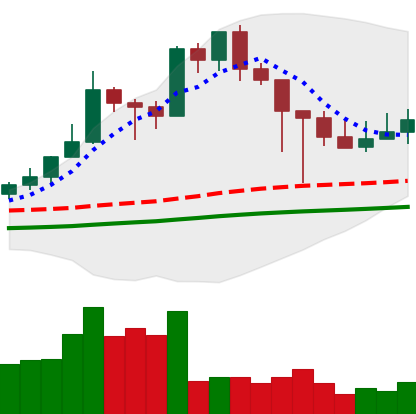
Ticker: XMR-USD
Chart end date: 2021-02-28
Forward return: -5.333%
Label: down_5_7